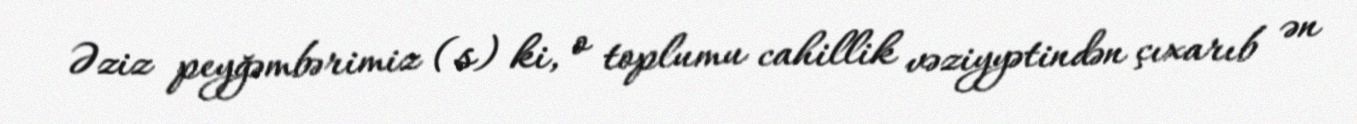
Əziz peyğəmbərimiz (s) ki, o toplumu cahillik vəziyyətindən çıxarıb ən